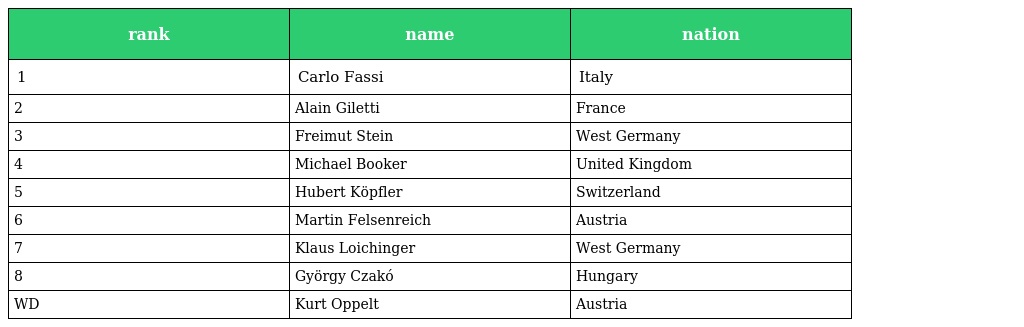
| rank | name | nation |
 | --- | --- | --- |
 | 1 | Carlo Fassi | Italy |
 | 2 | Alain Giletti | France |
 | 3 | Freimut Stein | West Germany |
 | 4 | Michael Booker | United Kingdom |
 | 5 | Hubert Köpfler | Switzerland |
 | 6 | Martin Felsenreich | Austria |
 | 7 | Klaus Loichinger | West Germany |
 | 8 | György Czakó | Hungary |
 | WD | Kurt Oppelt | Austria |